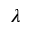
\lambda